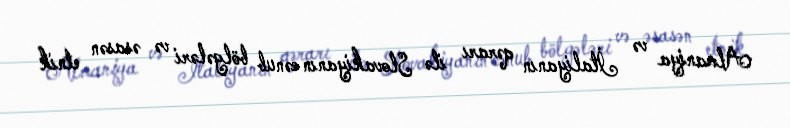
Almaniya və İtaliyanın qərarı ilə Slovakiyanın cənub bölgələri və əsasən etnik